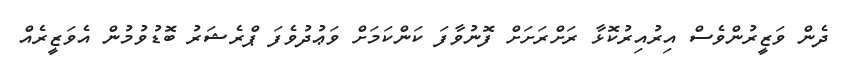
ދެން ވަޒީރުންވެސް އިރުއިރުކޮޅާ ރަށްރަށަށް ފޮނުވާފަ ކަންކަމަށް ވަޢުދުވެފަ ޕްރެޝަރު ބޮޑުވުމުން އެވަޒީރެއް